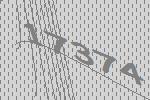
17374